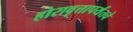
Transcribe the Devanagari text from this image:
होरावृत्तापर्यंतचे